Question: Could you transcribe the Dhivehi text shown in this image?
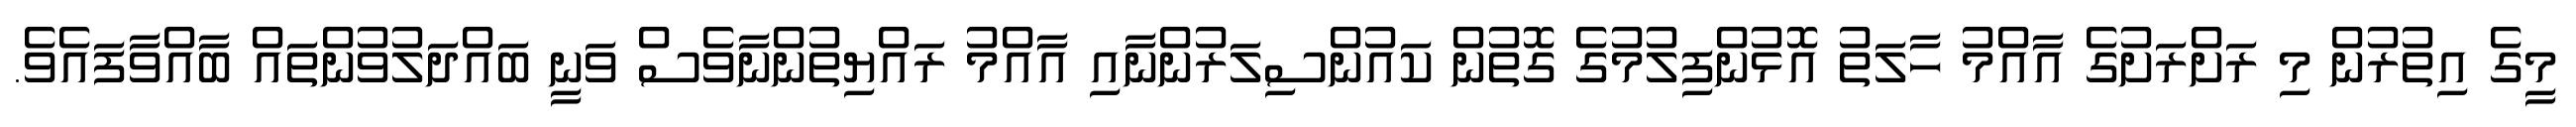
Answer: މީގެ އިތުރުން މި ރަށްރަށުގެ އާއްމު ހާލަތު އޮޅުންފިލުމުގެ ގޮތުން ކައުންސިލަރުންނާއި އާއްމު ރައްޔިތުންނާވެސް ވަނީ ބައްދަލުވުންތައް ބާއްވާފައެވެ.